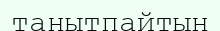
танытпайтын